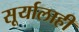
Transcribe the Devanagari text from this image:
सूर्यालाही